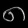
Digit: ၈